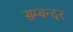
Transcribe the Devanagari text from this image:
सम्बन्दर